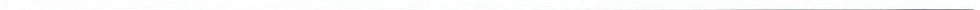
___